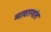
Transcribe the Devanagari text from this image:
व्यावास्थांत